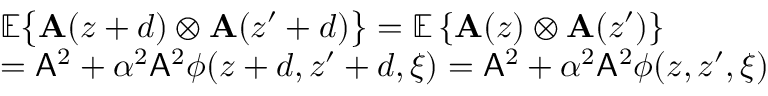
\begin{array} { r l } & { \mathbb { E } \big \lbrace \mathbf { A } ( z + d ) \otimes \mathbf { A } ( z ^ { \prime } + d ) \big \rbrace = \mathbb { E } \left\lbrace \mathbf { A } ( z ) \otimes \mathbf { A } ( z ^ { \prime } ) \right\rbrace } \\ & { = \mathsf { A } ^ { 2 } + \alpha ^ { 2 } \mathsf { A } ^ { 2 } \phi ( z + d , z ^ { \prime } + d , \xi ) = \mathsf { A } ^ { 2 } + \alpha ^ { 2 } \mathsf { A } ^ { 2 } \phi ( z , z ^ { \prime } , \xi ) } \end{array}